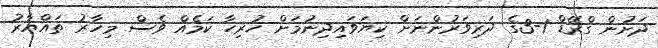
ދަށުން ގްރޭޑް 1-3ގެ ދަރިވަރުންނަށް ކިޔަވައިދިނުމަށް ހުރިހާ ކަމެއް ވެސް މިހާރު ތައްޔާރު